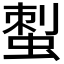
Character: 𧌐